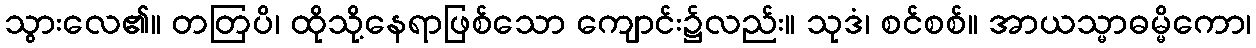
သွားလေ၏။ တတြပိ၊ ထိုသို့နေရာဖြစ်သော ကျောင်း၌လည်း။ သုဒံ၊ စင်စစ်။ အာယသ္မာဓမ္မိကော၊